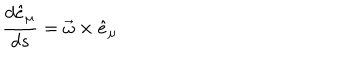
LaTeX: \frac { d \hat { e } _ { \mu } } { d s } = \vec { \omega } \times \hat { e } _ { \mu }